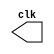
module clk_forsample(output reg clk);

initial clk=0;

always #1 clk= ~clk;

endmodule